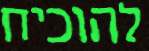
להוכיח